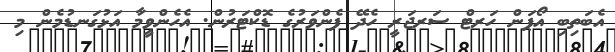
އެބަތިބި އޯޕަން ހަރޓް ސަރޖަރީ ހެދޭ ފެންވަރުގެ ޑޮކްޓަރުން. އެހެންވީމާ އަޅުގަނޑުމެން މި